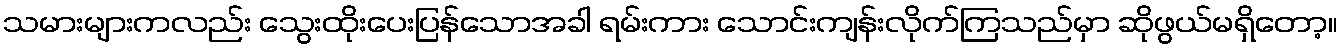
သမားများကလည်း သွေးထိုးပေးပြန်သောအခါ ရမ်းကား သောင်းကျန်းလိုက်ကြသည်မှာ ဆိုဖွယ်မရှိတော့။